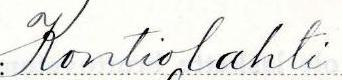
Kontiolahti